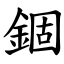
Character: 錮